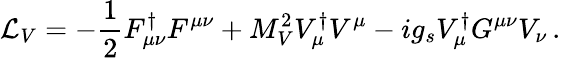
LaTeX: {\cal L}_{V}=-{\frac{1}{2}}F_{\mu\nu}^{\dagger}F^{\mu\nu}+M_{V}^{2}V_{\mu}^{\dagger}V^{\mu}-ig_{s}V_{\mu}^{\dagger}G^{\mu\nu}V_{\nu}\, .